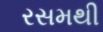
રસમથી